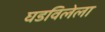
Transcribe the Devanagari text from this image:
घडविलेला